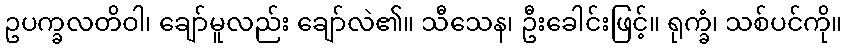
ဥပက္ခလတိဝါ၊ ချော်မူလည်း ချော်လဲ၏။ သီသေန၊ ဦးခေါင်းဖြင့်။ ရုက္ခံ၊ သစ်ပင်ကို။